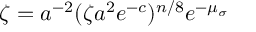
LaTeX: \zeta = a ^ { - 2 } ( \zeta a ^ { 2 } e ^ { - c } ) ^ { n / 8 } e ^ { - \mu _ { \sigma } }